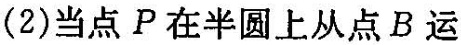
(2)当点P在半圆上从点B运